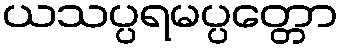
ယသပ္ပရမပ္ပတ္တော